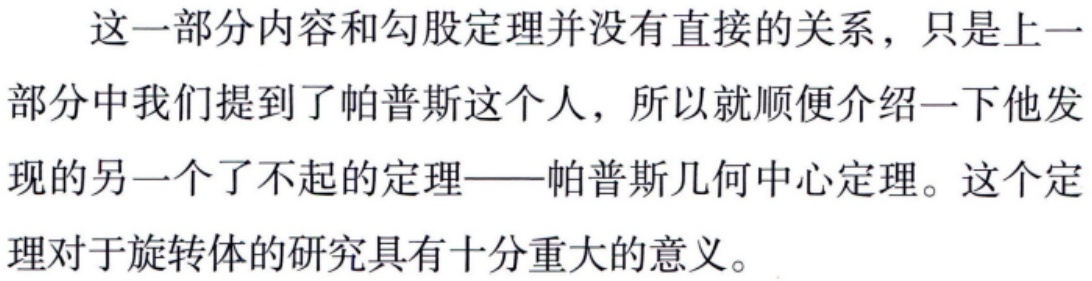
这一部分内容和勾股定理并没有直接的关系，只是上一部分中我们提到了帕普斯这个人，所以就顺便介绍一下他发现的另一个了不起的定理——帕普斯几何中心定理。这个定理对于旋转体的研究具有十分重大的意义。